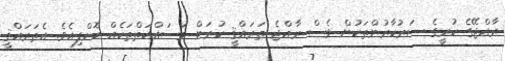
ރާއްޖޭގެ ކުރީގެ ސަރުކާރުންތަކުން ވެސް ރާއްޖެ ތަރައްޤީ ކުރަން މަސައްކަތްތަކެއް ކޮށްފިއެވެ. އެތަރައްޤީ